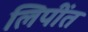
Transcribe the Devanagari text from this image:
लिपींत